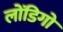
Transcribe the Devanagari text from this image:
लोंडिगो